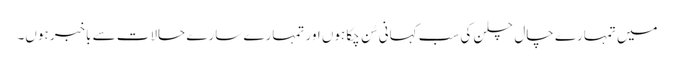
میں تمہارے چال چلن کی سب کہانی سُن چکا ہوں اور تمہارے سارے حالات سے باخبر ہوں۔